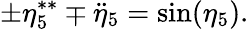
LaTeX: \pm\eta_{5}^{\ast\ast}\mp\ddot{\eta}_{5}=\sin(\eta_{5}).